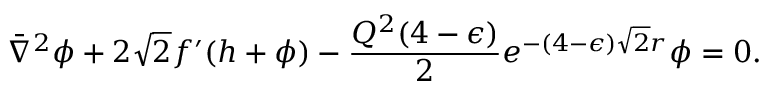
\bar { \nabla } ^ { 2 } \phi + 2 \sqrt 2 f ^ { \prime } ( h + \phi ) - { \frac { Q ^ { 2 } ( 4 - \epsilon ) } { 2 } } e ^ { - ( 4 - \epsilon ) \sqrt 2 r } \phi = 0 .